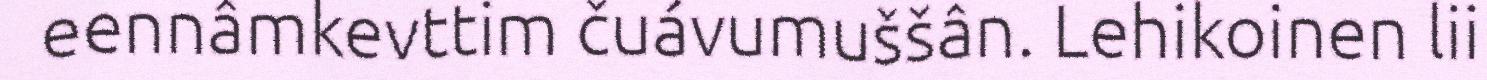
eennâmkevttim čuávumuššân. Lehikoinen lii